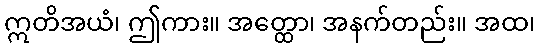
ဣတိအယံ၊ ဤကား။ အတ္ထော၊ အနက်တည်း။ အထ၊